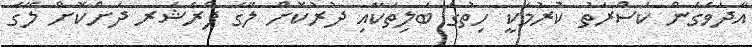
އާދަވެގެން ކަސްރަތު ކުރުމަކީ ހިތުގެ ބަލިތަކާއި ދުރުކޮށް ލޭގެ ޕްރެޝަރ ދަށްކޮށް ލޭގެ